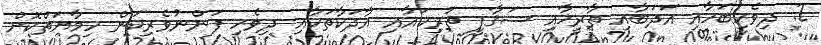
2. ދިވެހިބަހާއި އަދަބާއި ތާރީޚާއި ސަޤާފީ ތަރިކައާއި އާދަކާތަކާއި ދިވެހި ފަންނުވެރިކަން ހިމާޔަތްކޮށް